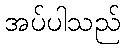
အပ်ပါသည်